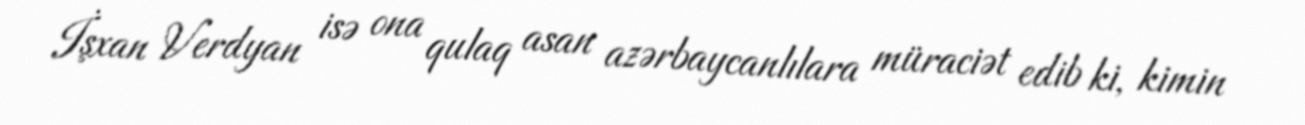
İşxan Verdyan isə ona qulaq asan azərbaycanlılara müraciət edib ki, kimin